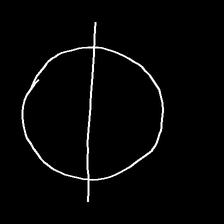
Glyph: orb